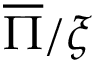
\overline { { \Pi } } / \xi